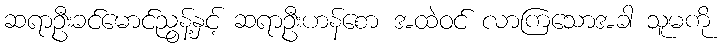
ဆရာဦးခင်မောင်ညွန့်နှင့် ဆရာဦးဟန်စော အထဲဝင် လာကြသောအခါ သူမကို